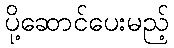
ပို့ဆောင်ပေးမည့်